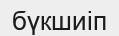
бүкшиіп